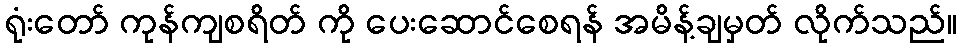
ရုံးတော် ကုန်ကျစရိတ် ကို ပေးဆောင်စေရန် အမိန့်ချမှတ် လိုက်သည်။